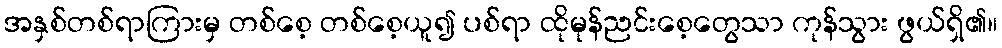
အနှစ်တစ်ရာကြားမှ တစ်စေ့ တစ်စေ့ယူ၍ ပစ်ရာ ထိုမုန်ညင်းစေ့တွေသာ ကုန်သွား ဖွယ်ရှိ၏။